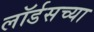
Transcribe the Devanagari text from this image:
लॉर्डसच्या